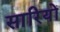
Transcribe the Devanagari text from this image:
सारियों